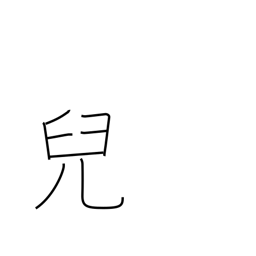
Meaning: child